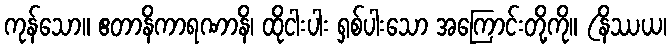
ကုန်သော။ ဧတာနိကာရဏာနိ၊ ထိုငါးပါး ရှစ်ပါးသော အကြောင်းတို့ကို။ (နိဿယ၊